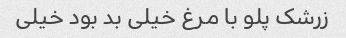
زرشک پلو با مرغ خیلی بد بود خیلی